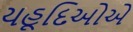
યહૂદિઓએ